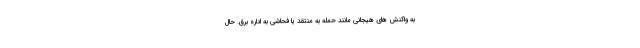
به واکنش های هیجانی مانند حمله به منتقد یا فحاشی به اداره برق. حال